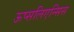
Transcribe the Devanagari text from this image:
ऊप्सलिएन्सिस